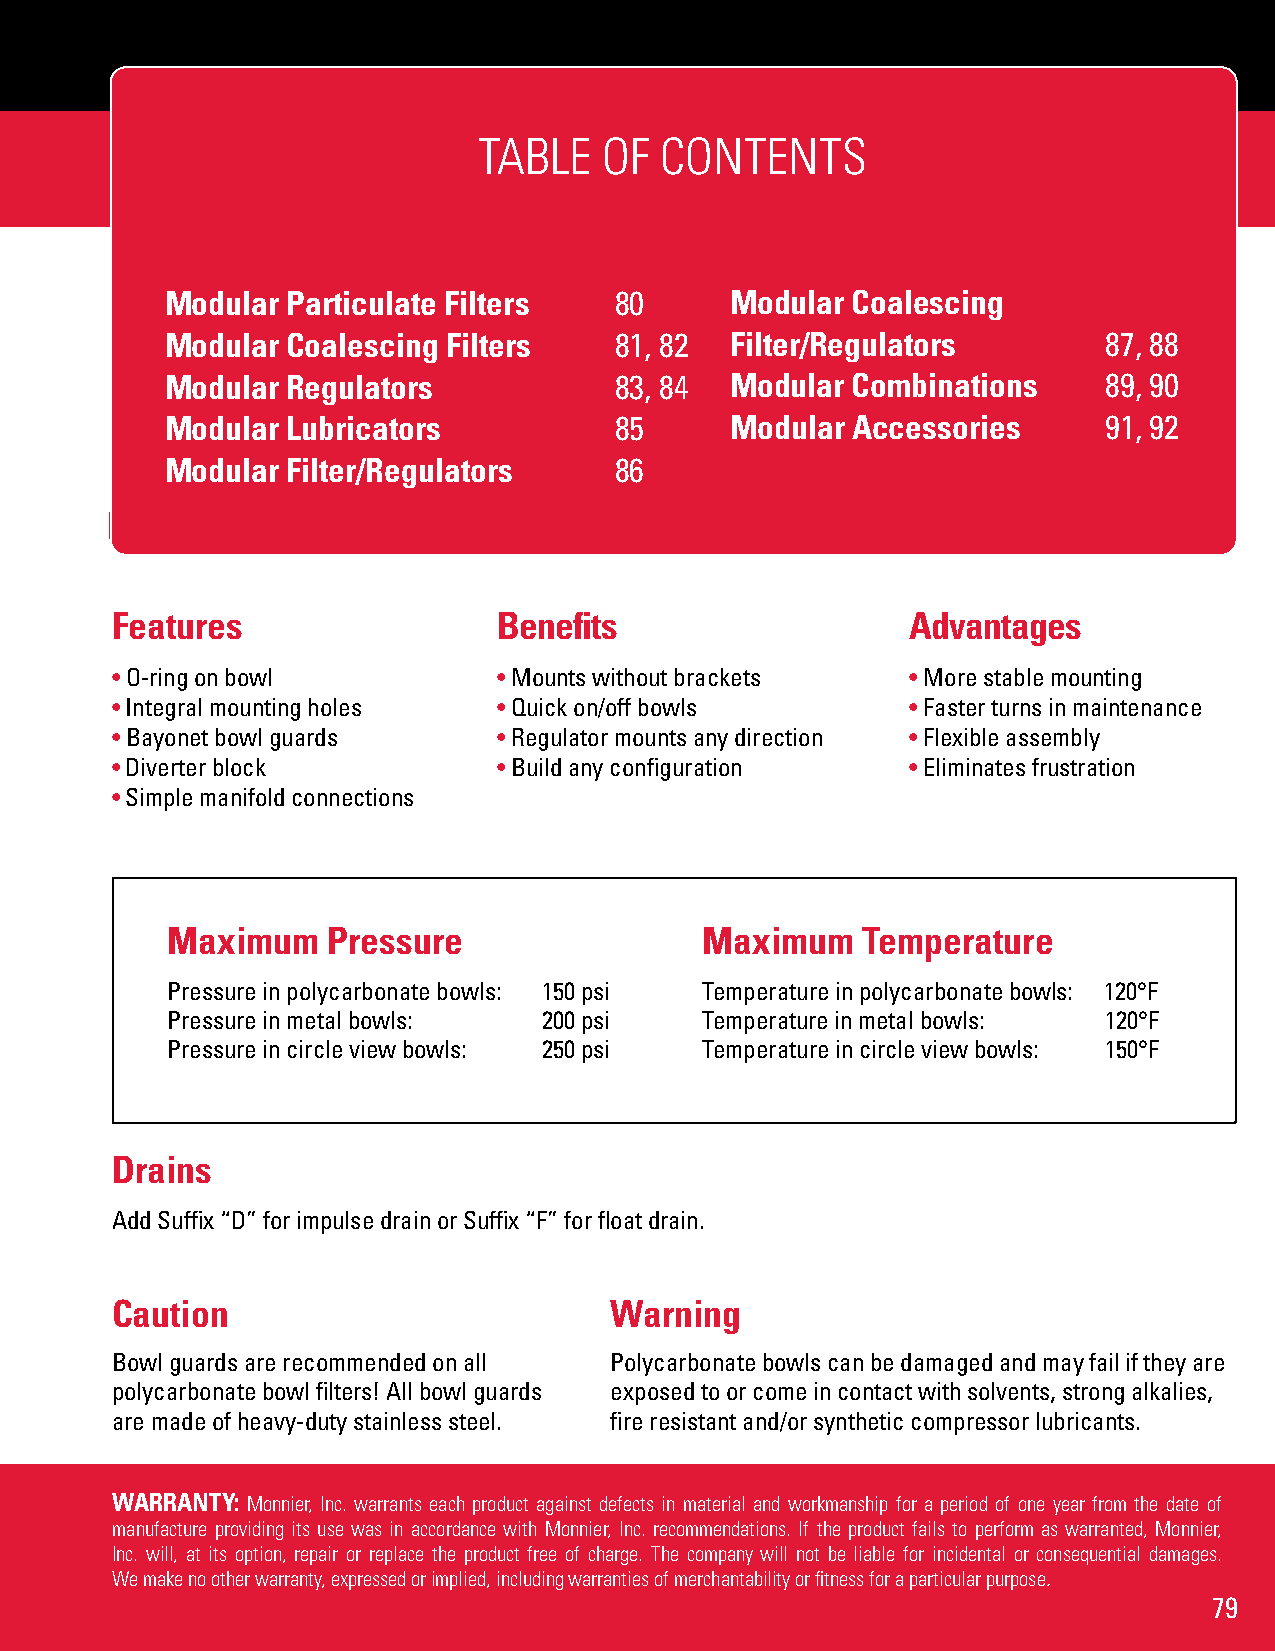
TABLE   OF  CONTENTS
 Modular Particulate Filters   80     Modular Coalescing
 Modular Coalescing Filters    81, 82 Filter/Regulators        87, 88
 Modular Regulators            83, 84 Modular Combinations     89, 90
 Modular Lubricators           85     Modular Accessories      91, 92
 Modular Filter/Regulators     86
 Drain Options
 Features                  Benefits                   Advantages
 • O-ring on bowl          • Mounts without brackets  • More stable mounting
 • Integral mounting holes • Quick on/off bowls       • Faster turns in maintenance
 • Bayonet bowl guards     • Regulator mounts any direction • Flexible assembly
 • Diverter block          • Build any configuration  • Eliminates frustration
 • Simple manifold connections
 Maximum    Pressure                Maximum    Temperature
 Pressure in polycarbonate bowls: 150 psi Temperature in polycarbonate bowls: 120°F
 Pressure in metal bowls: 200 psi   Temperature in metal bowls: 120°F
 Pressure in circle view bowls: 250 psi Temperature in circle view bowls: 150°F
 Drains
 Add Suffix “D” for impulse drain or Suffix “F” for float drain.
 Caution                          Warning
 Bowl guards are recommended on all Polycarbonate bowls can be damaged and may fail if they are
 polycarbonate bowl filters! All bowl guards exposed to or come in contact with solvents, strong alkalies,
 are made of heavy-duty stainless steel. fire resistant and/or synthetic compressor lubricants.
 WARRANTY: Monnier, Inc. warrants each product against defects in material and workmanship for a period of one year from the date of
 manufacture providing its use was in accordance with Monnier, Inc. recommendations. If the product fails to perform as warranted, Monnier,
 Inc. will, at its option, repair or replace the product free of charge. The company will not be liable for incidental or consequential damages.
 We make no other warranty, expressed or implied, including warranties of merchantability or fitness for a particular purpose.
 79